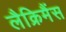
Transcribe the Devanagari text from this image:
लैक्रिमैंस